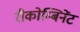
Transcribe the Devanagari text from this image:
रीकोम्बिनेंट